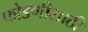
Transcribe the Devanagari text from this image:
फोडणीसाठी